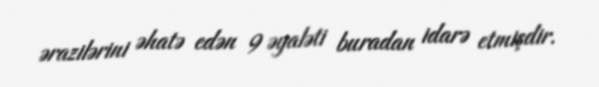
ərazilərini əhatə edən 9 əyaləti buradan idarə etmişdir.